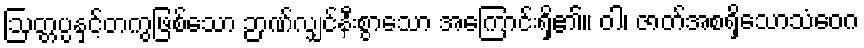
ဩတ္တပ္ပနှင့်တကွဖြစ်သော ဉာဏ်လျှင်နီးစွာသော အကြောင်းရှိ၏။ ဝါ၊ ဇာတ်အစရှိသောသံဝေဂ